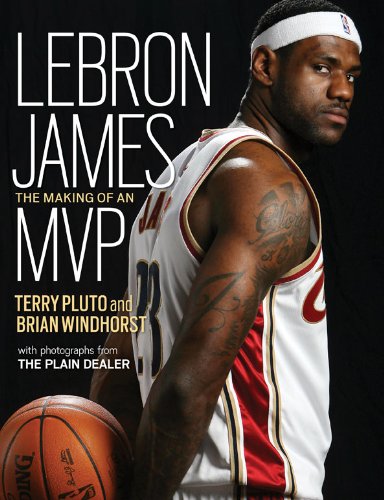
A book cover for Lebron James: The Making of an MVP; Terry Pluto; Sports & Outdoors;